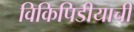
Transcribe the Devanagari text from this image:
विकिपिडीयाची